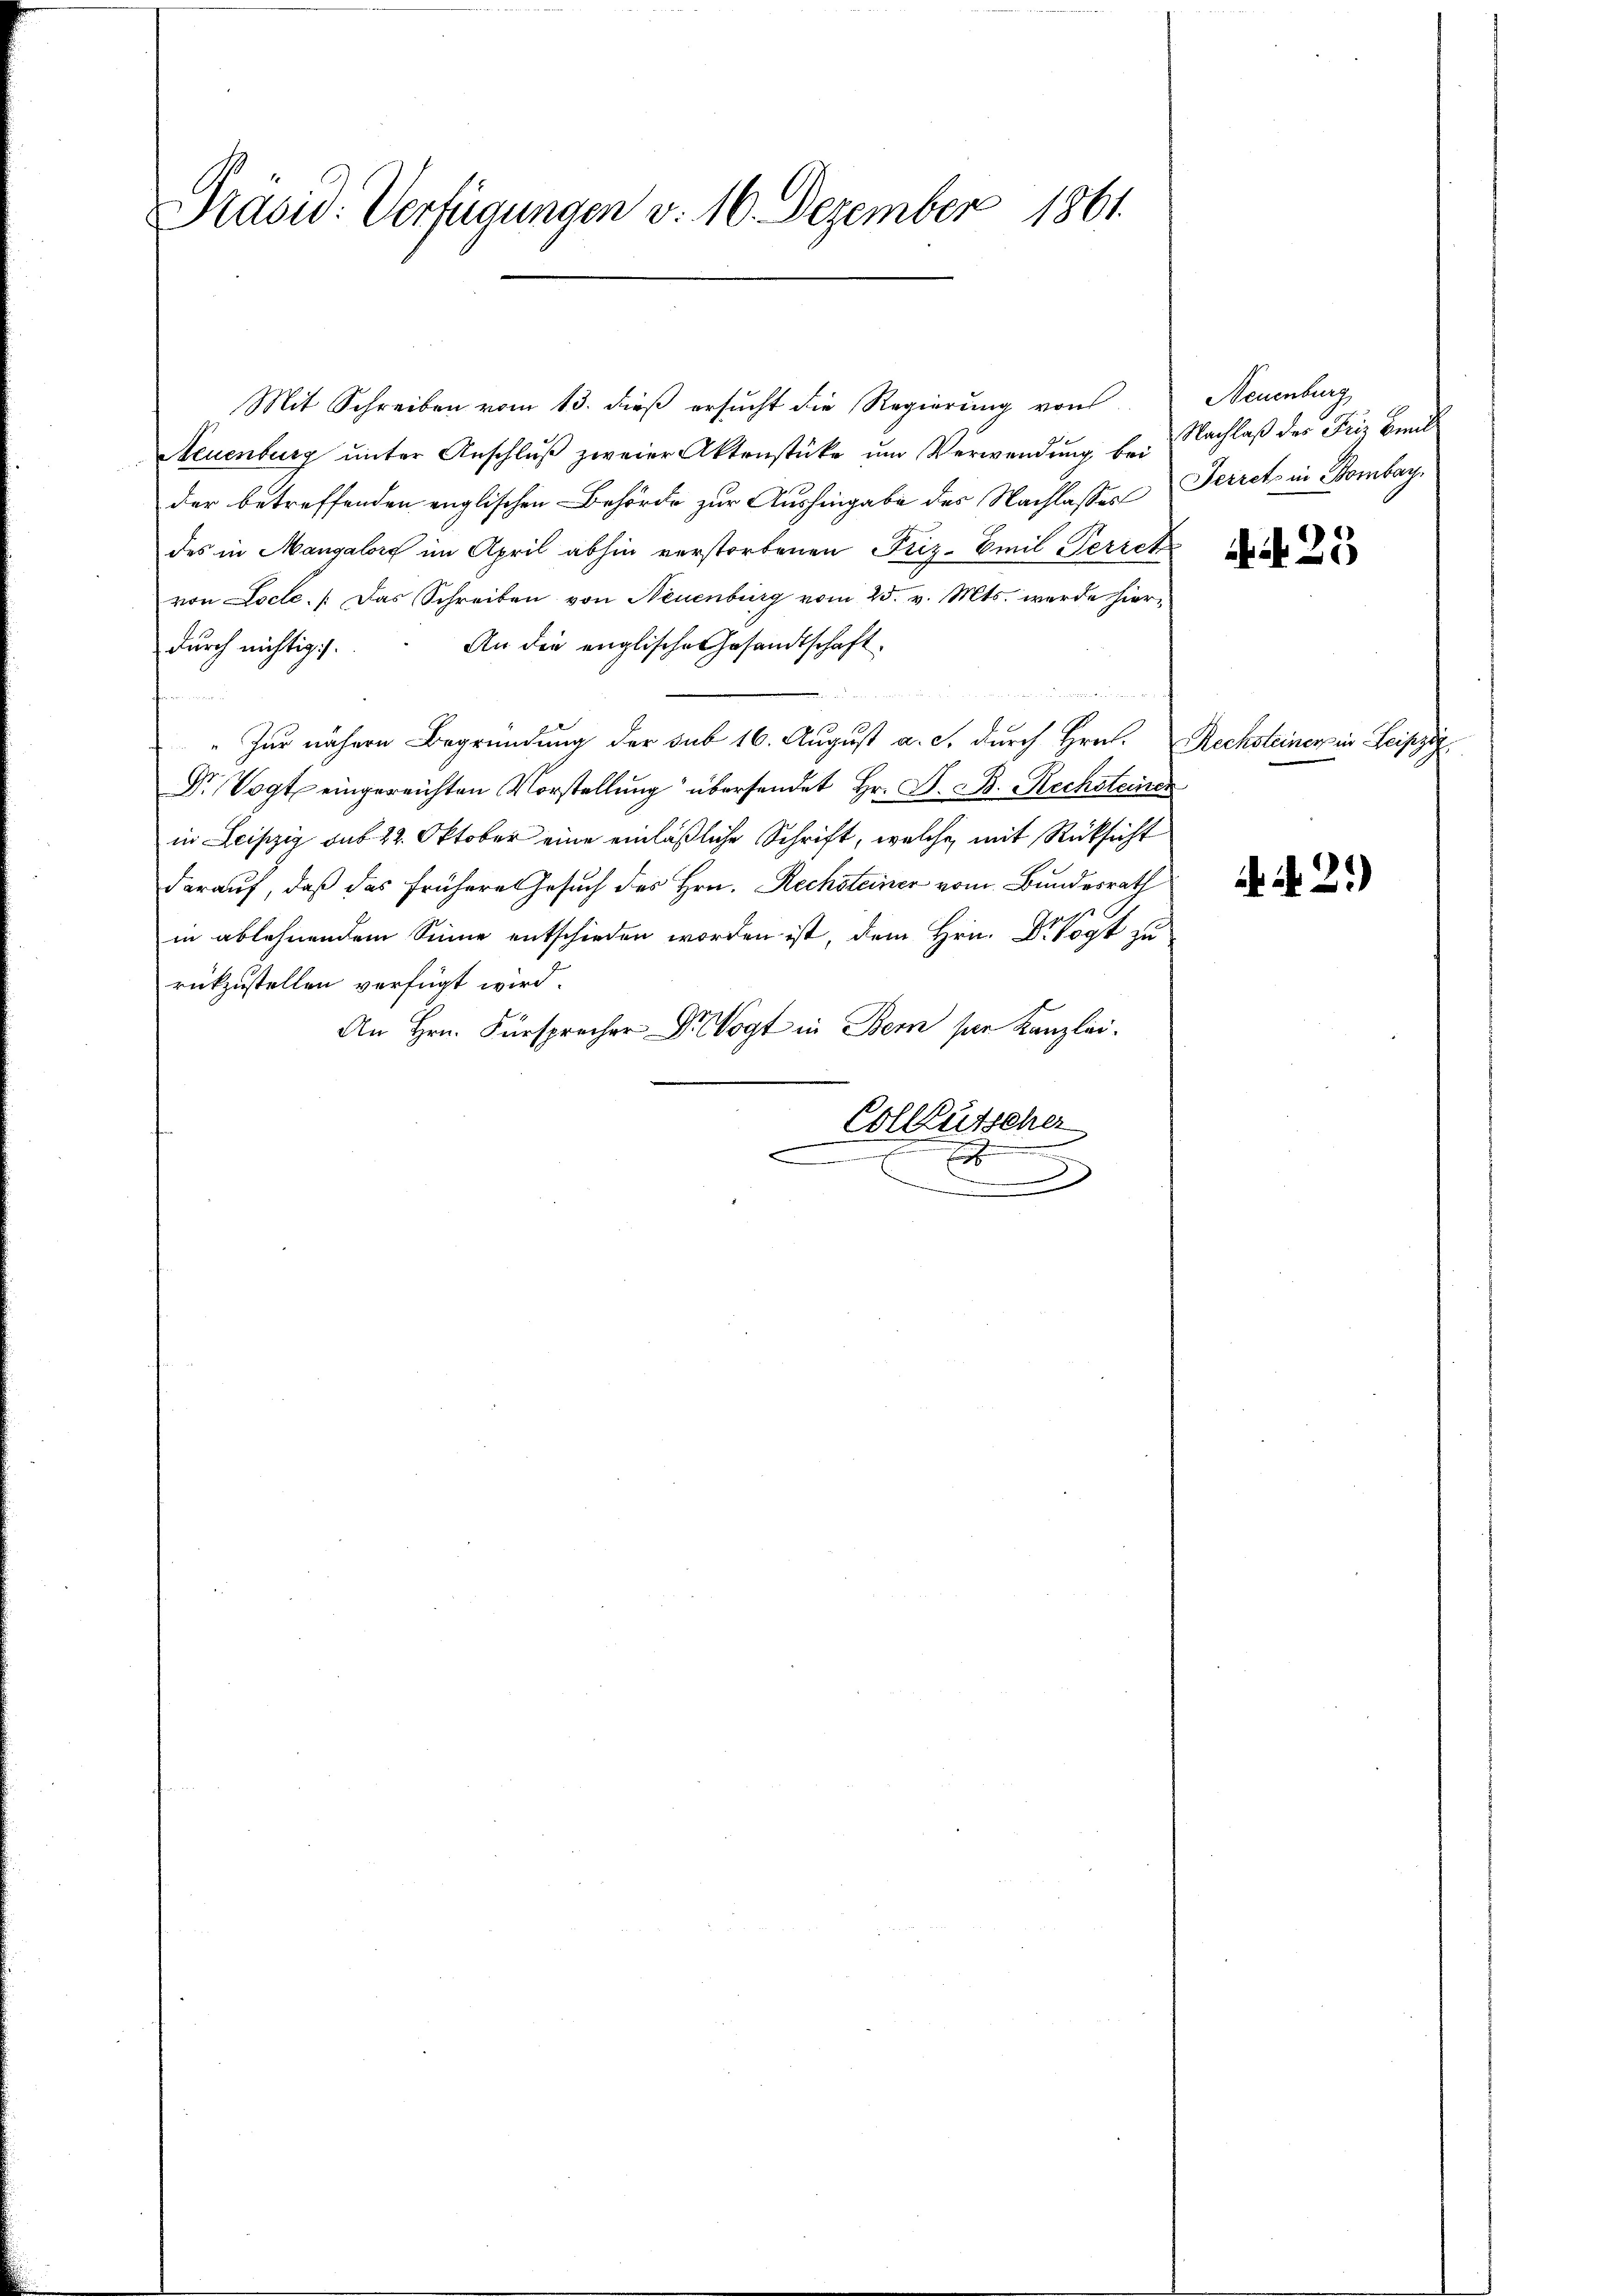
Präsid. Verfügungen v. 10. Dezember 1861.

Neuenburg ŭnter Anschlŭβ zweier Aktenstüke ŭm Verwendŭng bei Nachlaβ der Friz Bend
der betreffenden englischen Behörde zur Aushingabe des Nachlasses Ferret in Sombar.
des in Mangalors im April abhin verstorbenen Füz-Emil Gerich
von Locle. Das Schreiben von Neuenburg vom 25. v. Mts. werde hier-
An die englische Gesandtschaft
durch nichtig.

„Zur nähern Begründung der sub 16. August a. c. durch Hrn. Rechsteinerpin Leipzig
Dr Vogt eingereichten Vorstellung übersendet Hr. S. B. Rechsteiner
in Leipzig sub 22. Oktober eine einläßliche Schrift, welche mit Rücksicht
darauf, daß das frühere Gesuch des Hrn. Rechsteiner vom Bundesrath
in ablehnendem Sinne entschieden worden ist, dem Hrn. Dr Vogt zu
rükzustellen verfügt wird.
An Hrn. Fürsprecher Dr Vogt in Bern ser Kanzlei.
Colleutscher
.
sehen
.

Mit Schreiben vom 13. dieß ersucht die Regierung von

Neuenburg

23

2.)